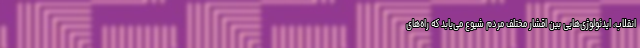
انقلاب، ایدئولوژی‌هایی بین اقشار مختلف مردم شیوع می‌یابد که راه‌های